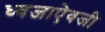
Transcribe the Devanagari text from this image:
ध्वजाऐवजी